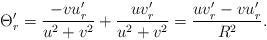
LaTeX: \begin{align*} \Theta '_r=\frac{-vu'_r}{u^2+v^2}+\frac{uv'_r}{u^2+v^2}=\frac{uv'_r-vu'_r}{R^2}. \end{align*}